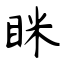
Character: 眯